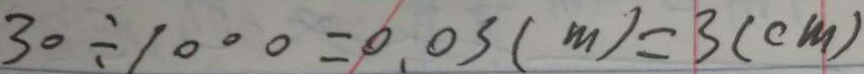
3 0 \div 1 0 0 0 = 0 0 3 ( m ) = 3 ( c m )